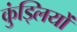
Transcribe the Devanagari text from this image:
कुंड्लियों